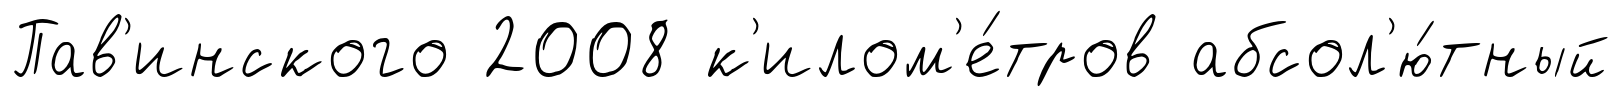
Пав'инского 2008 к'илом'е́тров абсол'ю́тный